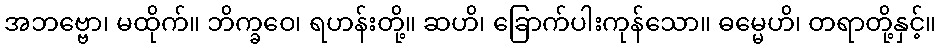
အဘဗ္ဗော၊ မထိုက်။ ဘိက္ခဝေ၊ ရဟန်းတို့။ ဆဟိ၊ ခြောက်ပါးကုန်သော။ ဓမ္မေဟိ၊ တရာတို့နှင့်။